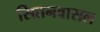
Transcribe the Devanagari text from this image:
सितनवासल